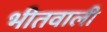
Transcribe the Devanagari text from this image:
भीतवाली